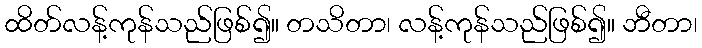
ထိတ်လန့်ကုန်သည်ဖြစ်၍။ တသိတာ၊ လန့်ကုန်သည်ဖြစ်၍။ ဘီတာ၊